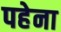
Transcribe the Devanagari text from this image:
पहेना